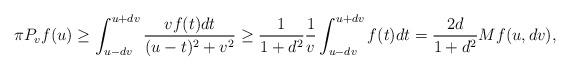
LaTeX: \begin{align*}\pi P_v f(u)\geq \int_{u-dv}^{u+dv}\frac{vf(t)dt}{(u-t)^2+v^2}\geq \frac{1}{1+d^2}\frac{1}{v}\int_{u-dv}^{u+dv}f(t)dt=\frac{2d}{1+d^2}Mf(u,dv),\end{align*}